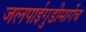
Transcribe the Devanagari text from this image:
जलपाईगुडीमार्गेच